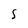
Character: S